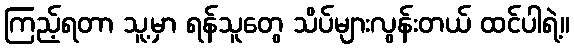
ကြည့်ရတာ သူ့မှာ ရန်သူတွေ သိပ်များလွန်းတယ် ထင်ပါရဲ့။